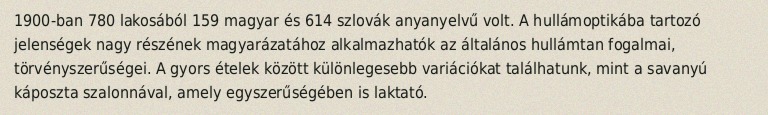
1900-ban 780 lakosából 159 magyar és 614 szlovák anyanyelvű volt. A hullámoptikába tartozó jelenségek nagy részének magyarázatához alkalmazhatók az általános hullámtan fogalmai, törvényszerűségei. A gyors ételek között különlegesebb variációkat találhatunk, mint a savanyú káposzta szalonnával, amely egyszerűségében is laktató.